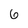
Character: 6